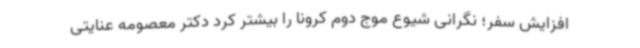
افزایش سفر؛ نگرانی شیوع موج دوم کرونا را بیشتر کرد دکتر معصومه عنایتی